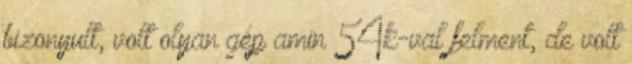
bizonyult, volt olyan gép amin 54k-val felment, de volt